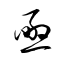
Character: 焏